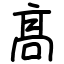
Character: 髙